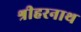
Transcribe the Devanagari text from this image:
श्रीहरनाथ